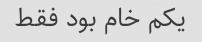
یکم خام بود فقط